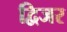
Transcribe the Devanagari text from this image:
द्विजर